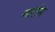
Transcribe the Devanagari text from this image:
मार्टस